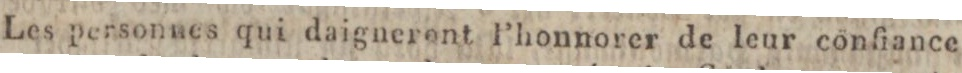
Les personnes qui daignerent Phonnorer de leur conſiance